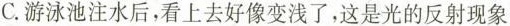
C.游泳池注水后，看上去好像变浅了，这是光的反射现象